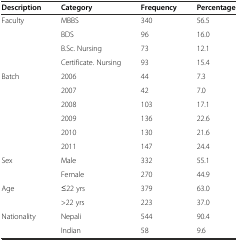
| Description | Category | Frequency | Percentage |
 | --- | --- | --- | --- |
 | Faculty | MBBS | 340 | 56.5 |
 |  | BDS | 96 | 16.0 |
 |  | B.Sc. Nursing | 73 | 12.1 |
 |  | Certificate. Nursing | 93 | 15.4 |
 | Batch | 2006 | 44 | 7.3 |
 |  | 2007 | 42 | 7.0 |
 |  | 2008 | 103 | 17.1 |
 |  | 2009 | 136 | 22.6 |
 |  | 2010 | 130 | 21.6 |
 |  | 2011 | 147 | 24.4 |
 | Sex | Male | 332 | 55.1 |
 |  | Female | 270 | 44.9 |
 | Age | ≤22 yrs | 379 | 63.0 |
 |  | >22 yrs | 223 | 37.0 |
 | Nationality | Nepali | 544 | 90.4 |
 |  | Indian | 58 | 9.6 |